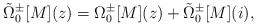
\begin{align*}\tilde{\Omega}_{0}^{\pm}[M](z) = \Omega_{0}^{\pm}[M](z) +\tilde{\Omega}_{0}^{\pm}[M](i),\end{align*}